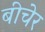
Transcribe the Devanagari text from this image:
बीचेर